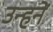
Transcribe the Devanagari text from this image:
उन्हनें